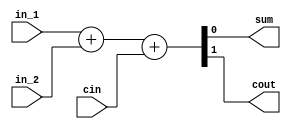
module full_adder(
  sum, cout,
  in_1, in_2, cin
);

  output sum, cout;
  input  in_1, in_2, cin;

  assign {cout, sum} = in_1 + in_2 + cin;

endmodule